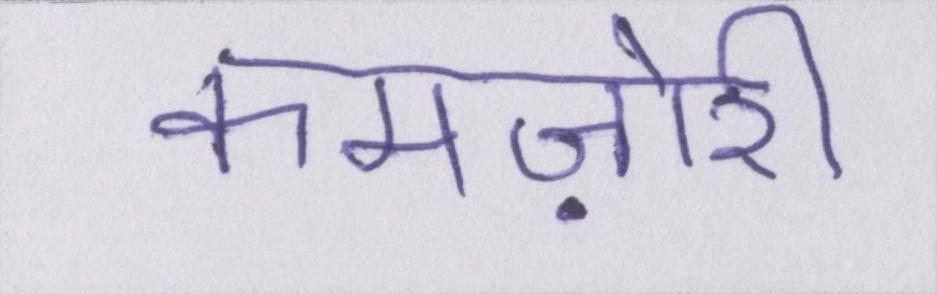
कमज़ोरी